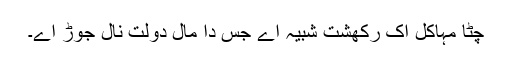
چِٹا مہاکل اک رکھشت شبیہ اے جس دا مال دولت نال جوڑ اے۔